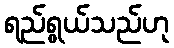
ရည်ရွယ်သည်ဟု